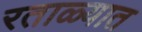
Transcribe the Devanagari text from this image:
रताळ्यात